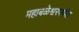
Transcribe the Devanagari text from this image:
महाबळेश्वरपर्यंत